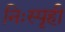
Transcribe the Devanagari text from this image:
निःस्पृही